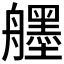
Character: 𦪷